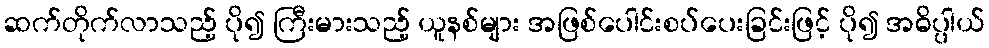
ဆက်တိုက်လာသည့် ပို၍ ကြီးမားသည့် ယူနစ်များ အဖြစ်ပေါင်းစပ်ပေးခြင်းဖြင့် ပို၍ အဓိပ္ပါယ်